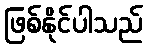
ဖြစ်နိုင်ပါသည်